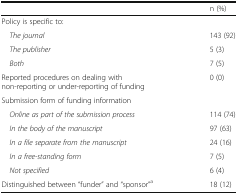
<table><thead><tr><td></td><td><b>n (%)</b></td></tr></thead><tbody><tr><td colspan="2">Policy is specific to:</td></tr><tr><td> <i>The journal</i></td><td>143 (92)</td></tr><tr><td> <i>The publisher</i></td><td>5 (3)</td></tr><tr><td> <i>Both</i></td><td>7 (5)</td></tr><tr><td>Reported procedures on dealing with non-reporting or under-reporting of funding</td><td>0 (0)</td></tr><tr><td colspan="2">Submission form of funding information</td></tr><tr><td> <i>Online as part of the submission process</i></td><td>114 (74)</td></tr><tr><td> <i>In the body of the manuscript</i></td><td>97 (63)</td></tr><tr><td> <i>In a file separate from the manuscript</i></td><td>24 (16)</td></tr><tr><td> <i>In a free-standing form</i></td><td>7 (5)</td></tr><tr><td> <i>Not specified</i></td><td>6 (4)</td></tr><tr><td>Distinguished between “funder” and “sponsor”<sup>a</sup></td><td>18 (12)</td></tr></tbody></table>